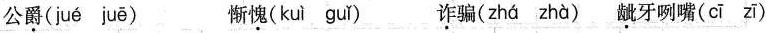
公\underline{爵}( jué juē ) 惭\underline{愧}( kuì guǐ ) \underline{诈}骗( zhá zhà ) \underline{龇}牙咧嘴( cī zī )